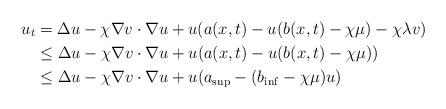
LaTeX: \begin{align*}u_t&=\Delta u -\chi\nabla v\cdot\nabla u +u(a(x,t)-u(b(x,t)-\chi\mu)-\chi\lambda v)\\&\leq \Delta u -\chi\nabla v\cdot\nabla u +u(a(x,t)-u(b(x,t)-\chi\mu))\\&\leq \Delta u -\chi\nabla v\cdot\nabla u +u(a_{\sup} -(b_{\inf} -\chi\mu) u)\end{align*}